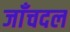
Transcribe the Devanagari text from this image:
जाँचदल